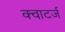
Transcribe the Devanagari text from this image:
क्वाटर्ज